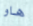
هاو